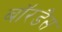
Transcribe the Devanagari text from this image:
बॉरडैस